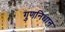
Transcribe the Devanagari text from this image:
गुणनिधान